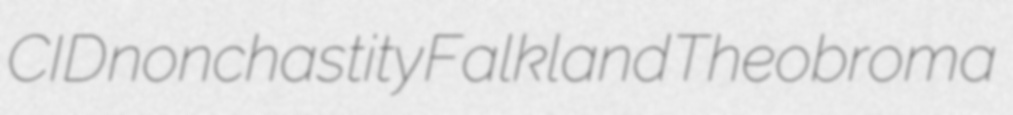
CID nonchastity Falkland Theobroma